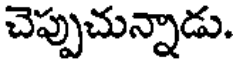
చెప్పుచున్నాడు.